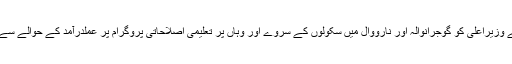
اعلان کے روح رواں مشرف زیدی نے وزیراعلیٰ کو گوجرانوالہ اور نارووال میں سکولوں کے سروے اور وہاں پر تعلیمی اصلاحاتی پروگرام پر عملدرآمد کے حوالے سے ہونے والی پیش رفت پر بریفنگ دی۔